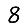
Digit: 8